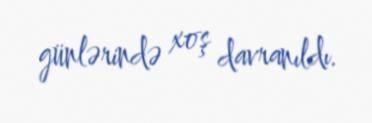
günlərində xoş davranıldı.